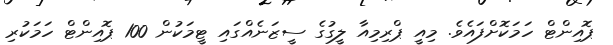
ޕޮއިންޓް ހަމަކޮށްފައެވެ. މިއީ ޕްރިމިއާ ލީގުގެ ސީޒަނެއްގައި ޓީމަކުން 100 ޕޮއިންޓް ހަމަކުރި